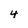
Character: 4